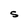
Character: S